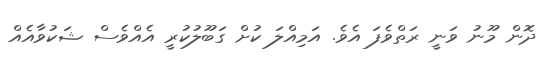
ދޮން މޫނު ވަނީ ރަތްވެފަ އެވެ. އަމިއްލަ ކުށް ގަބޫލުކުރީ އެއްވެސް ޝަކުވާއެއް